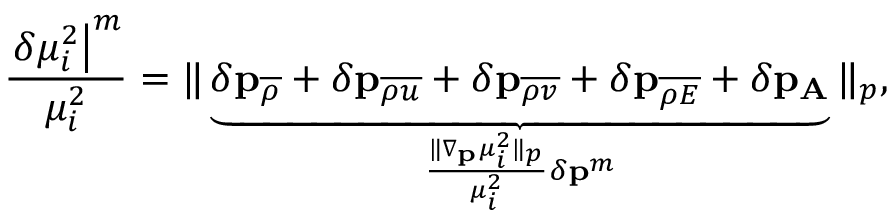
\frac { \left. \delta \mu _ { i } ^ { 2 } \right| ^ { m } } { \mu _ { i } ^ { 2 } } = \| \underbrace { \delta \mathbf { p } _ { \overline { { { \rho } } } } + \delta \mathbf { p } _ { \overline { { { \rho u } } } } + \delta \mathbf { p } _ { \overline { { { \rho v } } } } + \delta \mathbf { p } _ { \overline { { { \rho E } } } } + \delta \mathbf { p } _ { \mathbf { A } } } _ { \frac { \| \nabla _ { \mathbf { p } } \mu _ { i } ^ { 2 } \| _ { p } } { \mu _ { i } ^ { 2 } } \delta \mathbf { p } ^ { m } } \| _ { p } ,